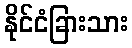
နိုင်ငံခြားသား